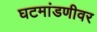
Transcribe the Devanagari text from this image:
घटमांडणीवर